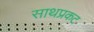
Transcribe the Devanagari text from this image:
साथप्रकट